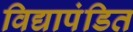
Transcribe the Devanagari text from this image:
विद्यापंडित